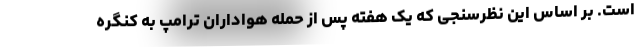
است. بر اساس این نظرسنجی که یک هفته پس از حمله هواداران ترامپ به کنگره